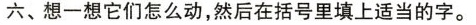
六、想一想它们怎么动，然后在括号里填上适当的字。